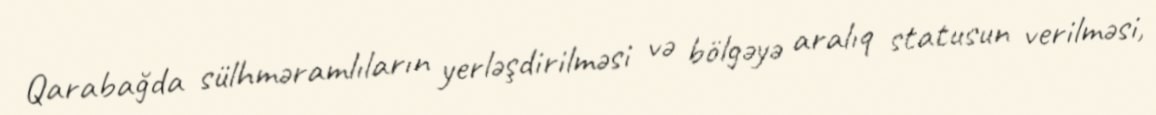
Qarabağda sülhməramlıların yerləşdirilməsi və bölgəyə aralıq statusun verilməsi,